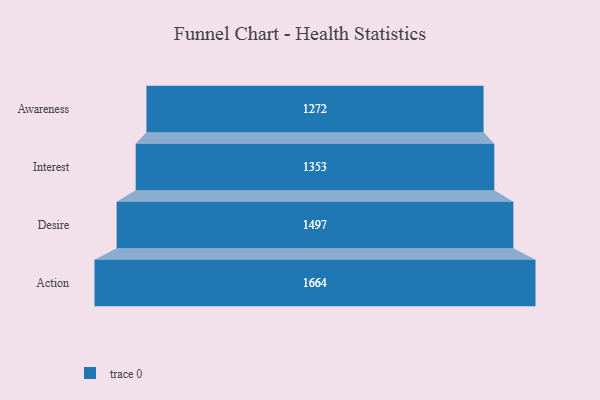
{"axis": {"x": "Stage", "y": "Value"}, "legend": [""], "data": [{"x": "Awareness", "y": 1272.0, "type": ""}, {"x": "Interest", "y": 1353.0, "type": ""}, {"x": "Desire", "y": 1497.0, "type": ""}, {"x": "Action", "y": 1664.0, "type": ""}]}